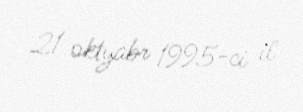
21 oktyabr 1995-ci il